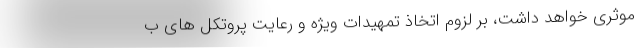
موثری خواهد داشت، بر لزوم اتخاذ تمهیدات ویژه و رعایت پروتکل های ب